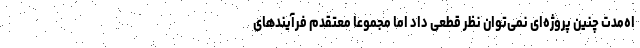
اه‌مدت چنین پروژه‌ای نمی‌توان نظر قطعی داد اما مجموعا معتقدم فرآیندهای